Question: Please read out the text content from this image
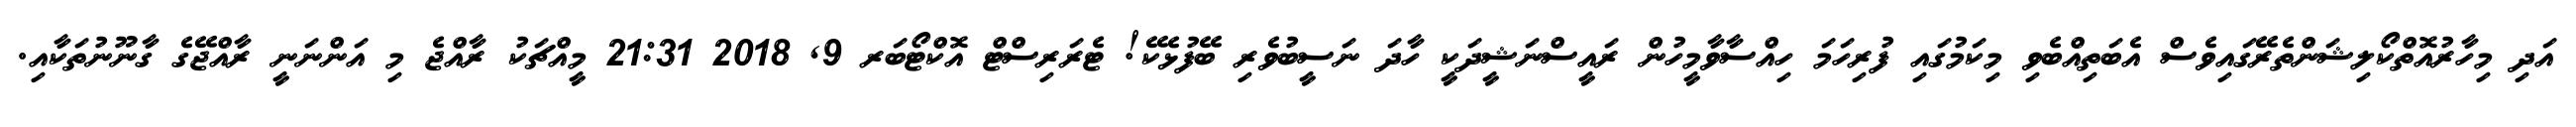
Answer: އަދި މިހާރުއޮތްކޯލިޝަންތެރޭގައިވެސް އެބަތިއްބެވި މިކަމުގައި ފުރިހަމަ ހިއްސާވާމީހުން ރައީސްނަޝީދަކީ ހާދަ ނަސީބުވެރި ބޭފުޅެކޭ! ޓެރަރިސްޓް އޮކްޓޯބަރ 9, 2018 21:31 މީއްޗަކު ރާއްޖެ މި އަންނަނީ ރާއްޖޭގެ ގާނޫނުތަކާއި.